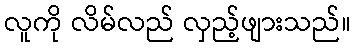
လူကို လိမ်လည် လှည့်ဖျားသည်။